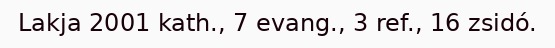
Lakja 2001 kath., 7 evang., 3 ref., 16 zsidó.